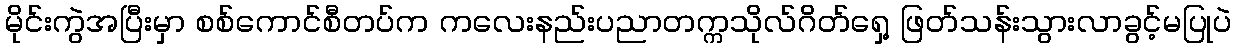
မိုင်းကွဲအပြီးမှာ စစ်ကောင်စီတပ်က ကလေးနည်းပညာတက္ကသိုလ်ဂိတ်ရှေ့ ဖြတ်သန်းသွားလာခွင့်မပြုပဲ